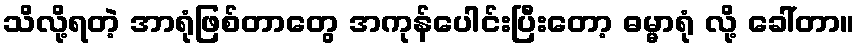
သိလို့ရတဲ့ အာရုံဖြစ်တာတွေ အကုန်ပေါင်းပြီးတော့ ဓမ္မာရုံ လို့ ခေါ်တာ။